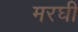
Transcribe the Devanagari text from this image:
मरघी